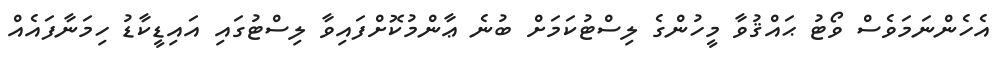
އެހެންނަމަވެސް ވޯޓު ޙައްޤުވާ މީހުންގެ ލިސްޓުކަމަށް ބުނެ ޢާންމުކޮށްފައިވާ ލިސްޓުގައި އައިޑީކާޑު ހިމަނާފައެއް